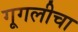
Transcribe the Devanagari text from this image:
गूगलीचा